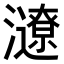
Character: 𤃜